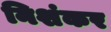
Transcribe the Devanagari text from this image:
निशंकर